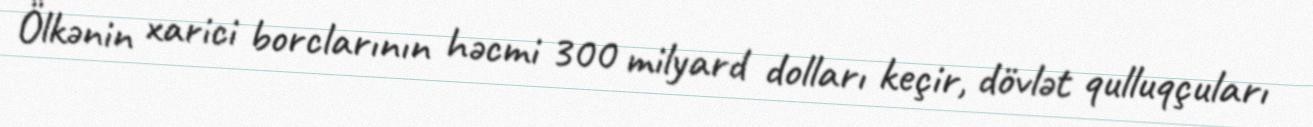
Ölkənin xarici borclarının həcmi 300 milyard dolları keçir, dövlət qulluqçuları